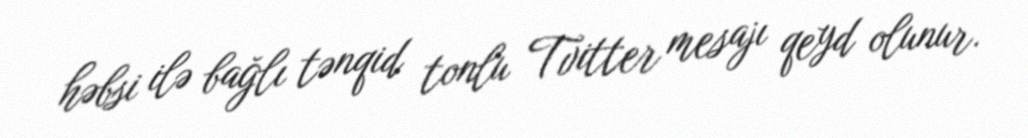
həbsi ilə bağlı tənqid tonlu Tvitter mesajı qeyd olunur.